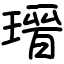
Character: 瑨